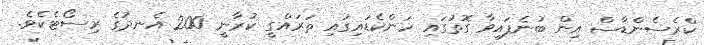
ކްރެސެންޑާސް އިން ބުނެފައިވާ ގޮތުގައި ހަންކެޑައިގައި ތަރައްގީ ކުރާނީ 200 އެނދުގެ ރިސޯޓެކެވެ.